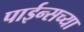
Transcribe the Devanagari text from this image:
पाईन्सच्या